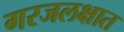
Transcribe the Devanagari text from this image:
गरजलक्षात